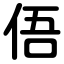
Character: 俉